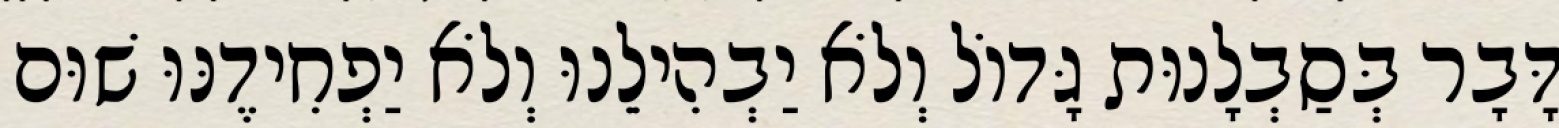
דָּבָר בְּסַבְלָנוּת גָּדוֹל וְלֹא יַבְהִילֵנוּ וְלֹא יַפְחִידֶנּוּ שׁוּם